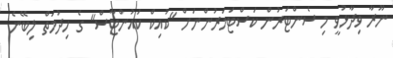
ނޫރާ ވިދާޅުވީ މި ސެންޓަރުން ކަސްޓަމަރުންނަށް "ކުއިކް ކައުންޓާސް" ގެ ހިދުމަތް ލިބޭނެ